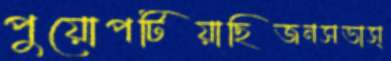
পুয়োপটিয়াছিজনসভাস্